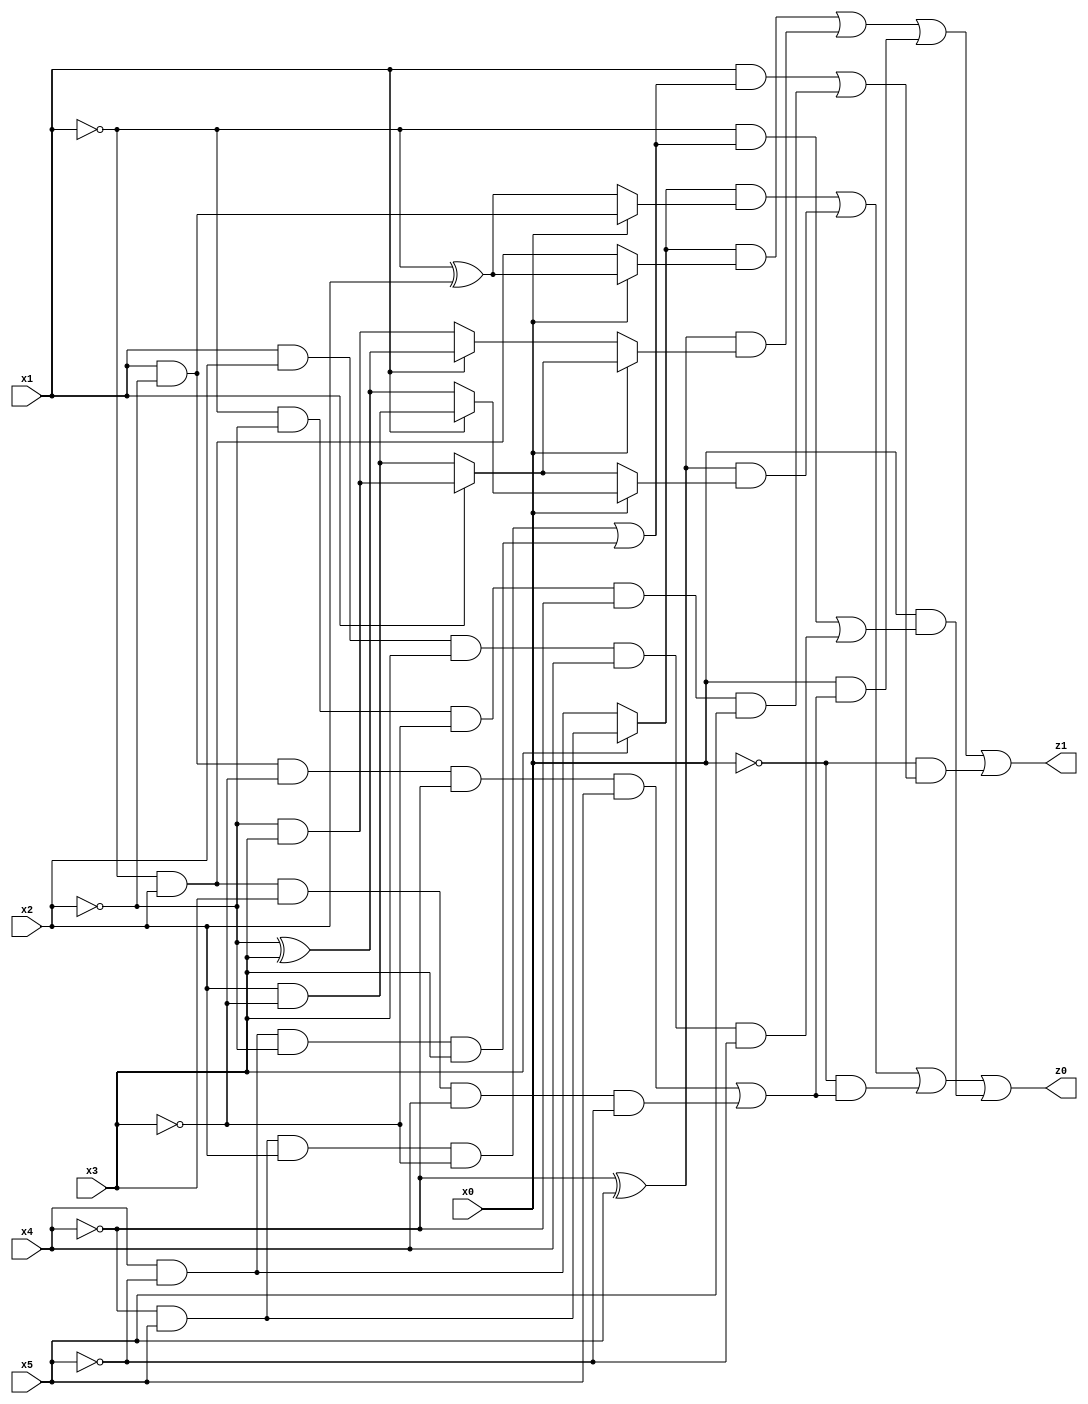
// Benchmark "q_5" written by ABC on Mon Jul 10 19:24:41 2023

module q_5 ( 
    x0, x1, x2, x3, x4, x5,
    z0, z1  );
  input  x0, x1, x2, x3, x4, x5;
  output z0, z1;
  assign z0 = ((x3 ? (~x4 & x5) : (x4 & ~x5)) & (x0 ? (x1 & ~x2) : (~x1 ^ x2))) | ((~x4 ^ x5) & (x0 ? (x1 ? (x2 & ~x3) : (~x2 ^ x3)) : (x1 ? (~x2 & x3) : (x2 & ~x3)))) | (~x0 & ((x1 & ~x2 & ~x3 & ~x4 & x5) | (~x1 & x2 & x3 & x4 & ~x5))) | (x0 & ((~x1 & ((~x4 & x5 & x2 & ~x3) | (x4 & ~x5 & ~x2 & x3))) | (x1 & x2 & x3 & x4 & ~x5)));
  assign z1 = ((x3 ? (~x4 & x5) : (x4 & ~x5)) & (x0 ? (~x1 ^ x2) : (~x1 & x2))) | ((~x4 ^ x5) & (x0 ? (x1 ? (~x2 & x3) : (x2 & ~x3)) : (x1 ? (~x2 ^ x3) : (~x2 & x3)))) | (x0 & ((x1 & ~x2 & ~x3 & ~x4 & x5) | (~x1 & x2 & x3 & x4 & ~x5))) | (~x0 & ((x1 & ((~x4 & x5 & x2 & ~x3) | (x4 & ~x5 & ~x2 & x3))) | (~x1 & ~x2 & ~x3 & ~x4 & x5)));
endmodule